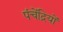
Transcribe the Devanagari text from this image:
पंचेंद्रियों